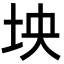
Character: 坱